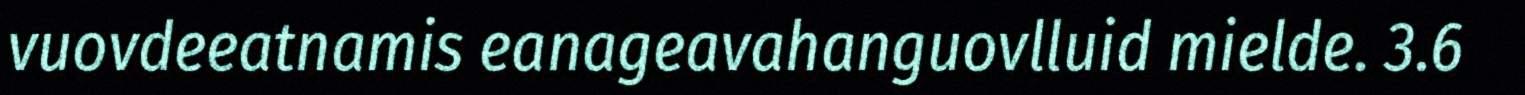
vuovdeeatnamis eanageavahanguovlluid mielde. 3.6